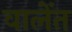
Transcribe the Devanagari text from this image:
वालेंत